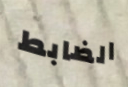
الضابط